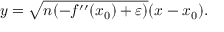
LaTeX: y = { \sqrt { n ( - f ^ { \prime \prime } ( x _ { 0 } ) + \varepsilon ) } } ( x - x _ { 0 } ) .